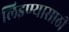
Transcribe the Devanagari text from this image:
लिइण्यासाठी